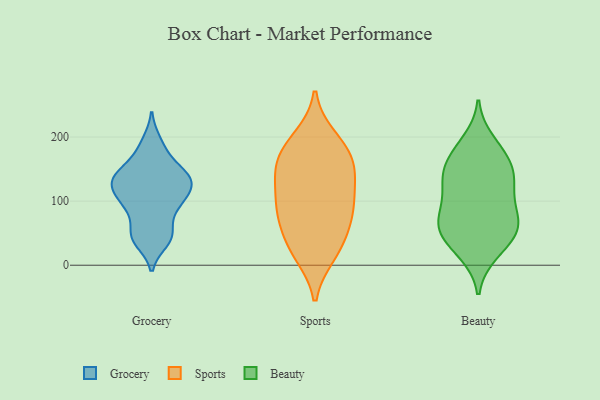
{"axis": {"x": "Bounce Rate (%)", "y": "Value"}, "legend": ["Beauty", "Grocery", "Sports"], "data": [{"x": "", "y": 103, "type": "Grocery"}, {"x": "", "y": 37, "type": "Grocery"}, {"x": "", "y": 98, "type": "Grocery"}, {"x": "", "y": 120, "type": "Grocery"}, {"x": "", "y": 87, "type": "Grocery"}, {"x": "", "y": 46, "type": "Grocery"}, {"x": "", "y": 129, "type": "Grocery"}, {"x": "", "y": 120, "type": "Grocery"}, {"x": "", "y": 91, "type": "Grocery"}, {"x": "", "y": 134, "type": "Grocery"}, {"x": "", "y": 133, "type": "Grocery"}, {"x": "", "y": 146, "type": "Grocery"}, {"x": "", "y": 48, "type": "Grocery"}, {"x": "", "y": 152, "type": "Grocery"}, {"x": "", "y": 139, "type": "Grocery"}, {"x": "", "y": 46, "type": "Grocery"}, {"x": "", "y": 178, "type": "Grocery"}, {"x": "", "y": 193, "type": "Grocery"}, {"x": "", "y": 74, "type": "Sports"}, {"x": "", "y": 16, "type": "Sports"}, {"x": "", "y": 20, "type": "Sports"}, {"x": "", "y": 165, "type": "Sports"}, {"x": "", "y": 59, "type": "Sports"}, {"x": "", "y": 200, "type": "Sports"}, {"x": "", "y": 146, "type": "Sports"}, {"x": "", "y": 128, "type": "Sports"}, {"x": "", "y": 61, "type": "Sports"}, {"x": "", "y": 101, "type": "Sports"}, {"x": "", "y": 101, "type": "Sports"}, {"x": "", "y": 196, "type": "Sports"}, {"x": "", "y": 160, "type": "Sports"}, {"x": "", "y": 24, "type": "Sports"}, {"x": "", "y": 81, "type": "Sports"}, {"x": "", "y": 113, "type": "Sports"}, {"x": "", "y": 175, "type": "Sports"}, {"x": "", "y": 155, "type": "Sports"}, {"x": "", "y": 194, "type": "Beauty"}, {"x": "", "y": 179, "type": "Beauty"}, {"x": "", "y": 110, "type": "Beauty"}, {"x": "", "y": 66, "type": "Beauty"}, {"x": "", "y": 145, "type": "Beauty"}, {"x": "", "y": 143, "type": "Beauty"}, {"x": "", "y": 48, "type": "Beauty"}, {"x": "", "y": 74, "type": "Beauty"}, {"x": "", "y": 150, "type": "Beauty"}, {"x": "", "y": 18, "type": "Beauty"}, {"x": "", "y": 49, "type": "Beauty"}, {"x": "", "y": 130, "type": "Beauty"}, {"x": "", "y": 55, "type": "Beauty"}, {"x": "", "y": 176, "type": "Beauty"}, {"x": "", "y": 66, "type": "Beauty"}, {"x": "", "y": 146, "type": "Beauty"}, {"x": "", "y": 20, "type": "Beauty"}, {"x": "", "y": 105, "type": "Beauty"}, {"x": "", "y": 97, "type": "Beauty"}, {"x": "", "y": 57, "type": "Beauty"}]}